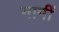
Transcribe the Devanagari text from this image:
नामीं